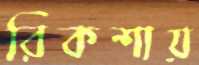
রিকশায়